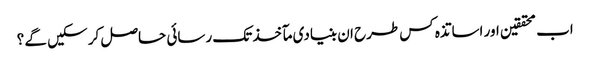
اب محققین اور اساتذہ کس طرح ان بنیادی مآخذ تک رسائی حاصل کر سکیں گے ؟